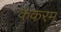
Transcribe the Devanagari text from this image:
ककरम